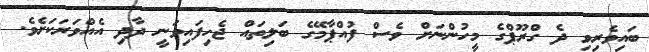
ބައިވެރިވި ދެ ގްރޫޕްގެ މީހުންނަށް ވެސް ފުއްޕާމޭގެ ބަލިތައް ޖެހިފައިވަނީ ދާދި އެއްވަރަކަށެވެ.